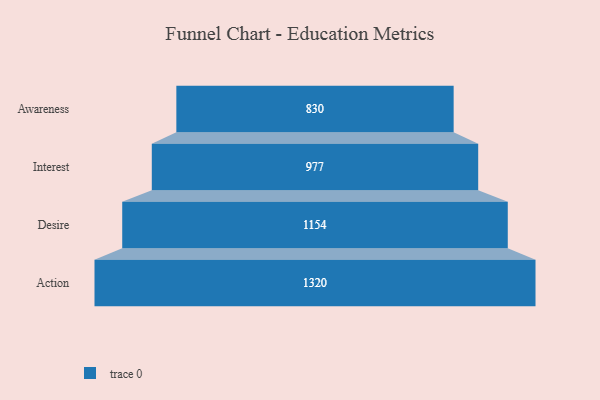
{"axis": {"x": "Stage", "y": "Value"}, "legend": [""], "data": [{"x": "Awareness", "y": 830.0, "type": ""}, {"x": "Interest", "y": 977.0, "type": ""}, {"x": "Desire", "y": 1154.0, "type": ""}, {"x": "Action", "y": 1320.0, "type": ""}]}